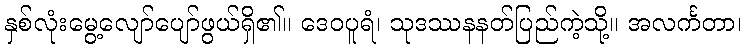
နှစ်လုံးမွေ့လျော်ပျော်ဖွယ်ရှိ၏။ ဒေဝပူရံ၊ သုဒဿနနတ်ပြည်ကဲ့သို့။ အလင်္ကတာ၊